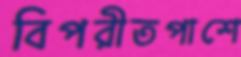
বিপরীতপাশে